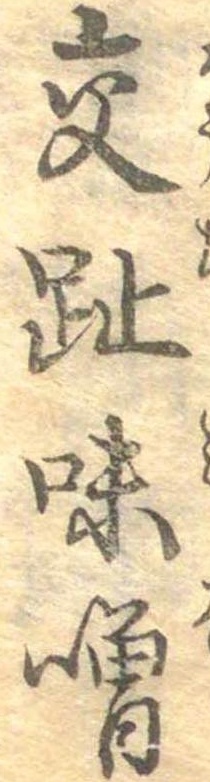
交趾味噌